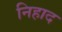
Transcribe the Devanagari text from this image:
निहाद